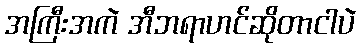
အကြီးအကဲ အီဘရာဟင်ဆိုတာငါပဲ